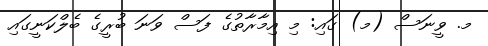
މ. ވީނަސް (މ) ގައި: މި އިމާރާތުގެ ފަސް ވަނަ ބުރީގެ ބެލްކަނީގައި